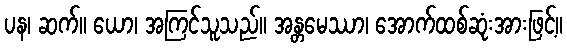
ပန၊ ဆက်။ ယော၊ အကြင်သူသည်။ အန္တမေဿာ၊ အောက်ထစ်ဆုံးအားဖြင့်။